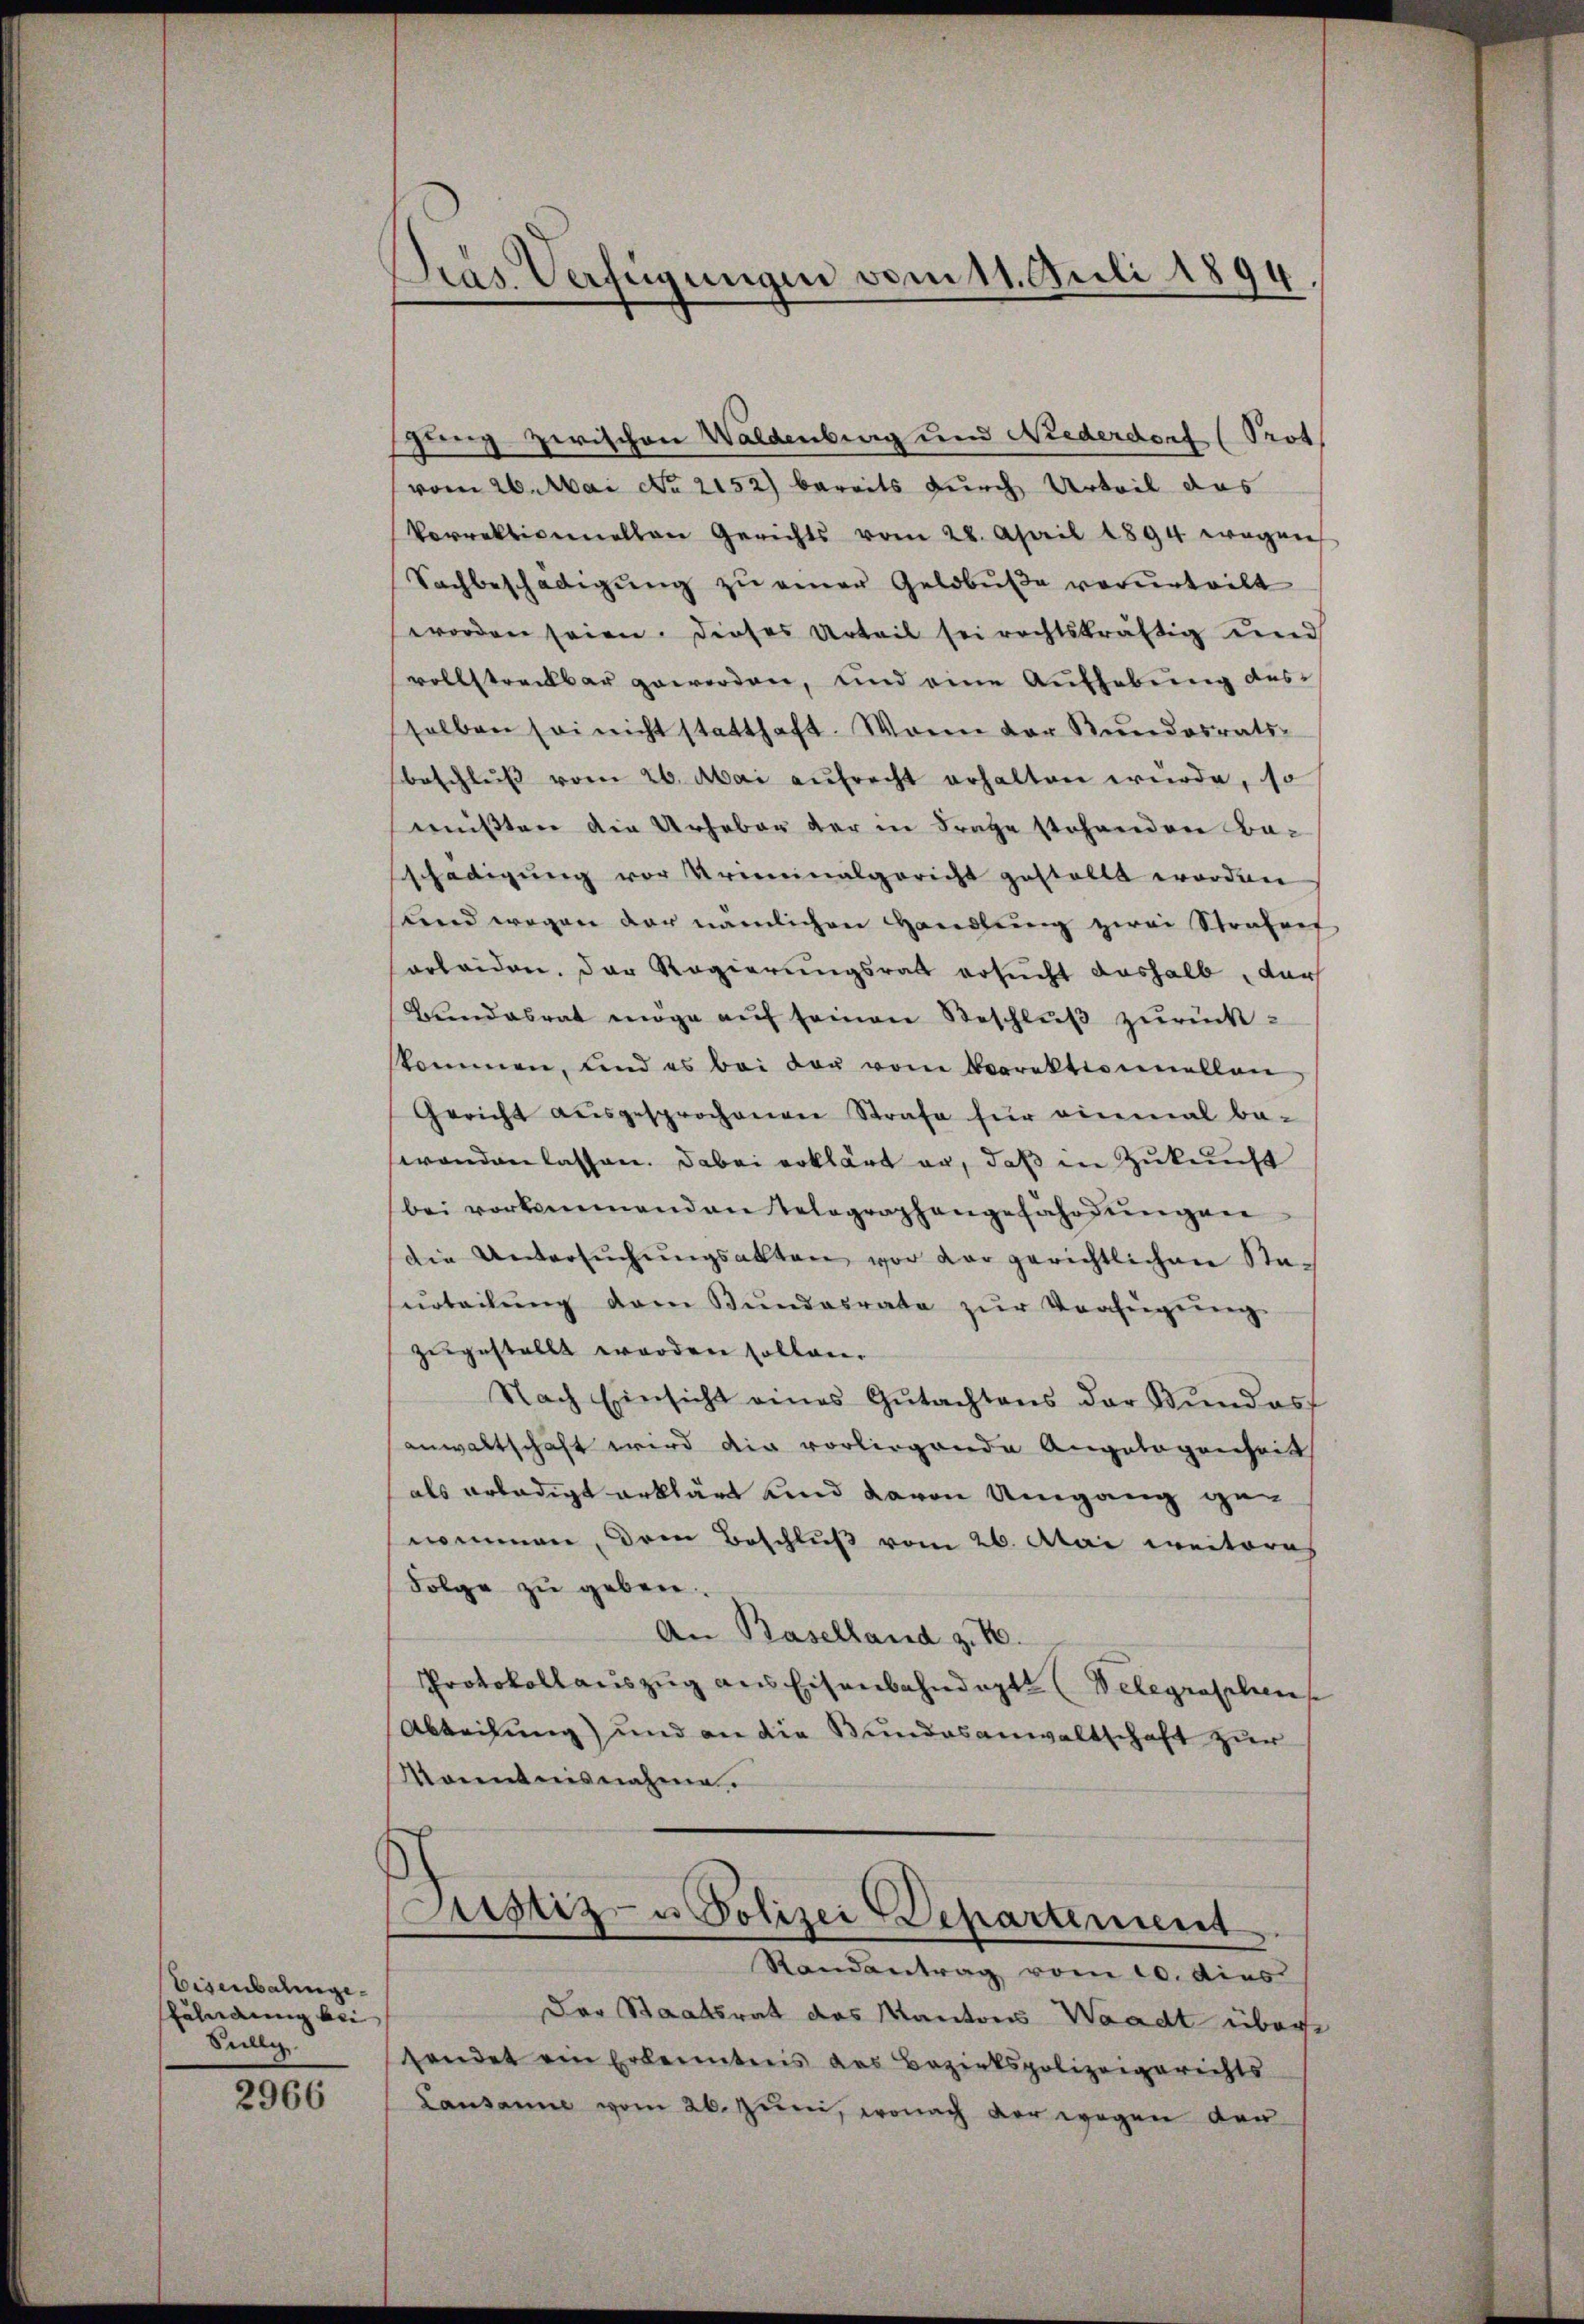
Eisenbahnge¬
Fahndung bei
Sulli

2966

Dras Verfügungen vom 11. Juli 1894.

gung zerischen Waldenberg und Niederdorf (Prot
vom 26. Mai No 2152) bereits durch Urteil das
Vorrektivemellen Gerichts vom 28. April 1894 wegen
Sachbeschädigŭng zu einer Geldbuße verurteilt
worden seien. Dieses Urteil sei rechtskräftig und
vollstreckbar geworden, und eine Aufhebung des
selben sei nicht statthaft. Wann der Bŭndesrats-
beschlŭβ vom 26. Mai aufrecht erhalten würde, so
mußten die Urheber der in Frage stehenden Baschädigung vor Arminalgericht gestellt worden
und wegen der nämlichen Handlŭng zwei Strafges
erleiden. Der Regierungsrath ersucht deshalb, der
Grandesrat möge aŭf seinen Beschlŭβ zŭrückskommen, und es bei der vom Vorrektionnellen
Gericht aŭsgesprochenen Strafe für einmal be-
wanden lassen. Dabei erklärt er, daß in Zukunft
bei vorkommenden Telegraphangefährdŭngen
die Untersŭchŭngsakten vor der gerichtlichen Sta-
urteilŭng dem Bŭndesrate zŭr Verfügŭng
zugestellt worden sollen.
Nach Einsicht eines Gŭtachtens der Stŭndes
anwaltschaft wird die vorliegende Angelegenheit
als erledigt erklärt und davon Umgang genommen, den Beschluß vom 26. Mai weiteres
Folge zu geben.
An Baselland z. B.
Protokollauszug aus Eisenbahndapt. (Velegraschen
Abteilung) und an die Bundesanwaltschaft zur
Kenntnisnahme.
Justiz- u Polizei Departement
Randantrag vom 10. dies
Der Staatsrat des Kantons Waadt übere
sendet ein Erkenntnis des Bezirkspolizeigerichts
Lausanne vom 26. Juni, wonach der wegen den